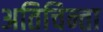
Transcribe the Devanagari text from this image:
अतिचिन्ता